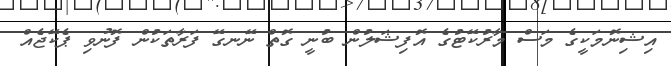
އިޝިނޮމަކީގެ މަސް މާރުކޭޓުގެ އޮފިޝަލުން ބުނީ ގޮތް ނޭނގޭ ފަރާތަކުން ފޮނުވި ޕެކޭޖެއް